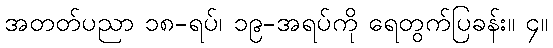
အတတ်ပညာ ၁၈-ရပ်၊ ၁၉-အရပ်ကို ရေတွက်ပြခန်း။ ၄။